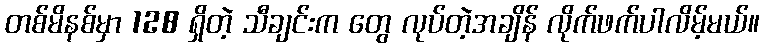
တစ်မိနစ်မှာ 128 ရှိတဲ့ သီချင်းက တွေ လုပ်တဲ့အချိန် လိုက်ဖက်ပါလိမ့်မယ်။